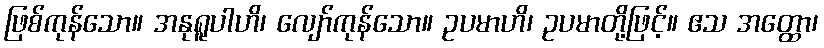
ဖြစ်ကုန်သော။ အနုရူပါဟိ၊ လျော်ကုန်သော။ ဥပမာဟိ၊ ဥပမာတို့ဖြင့်။ ဧသ အတ္ထော၊